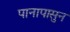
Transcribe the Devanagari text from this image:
पानापासुन